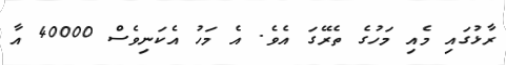
ރާޅުގައި މެއި މަހުގެ ތެރޭގަ އެވެ. އެ މަހު އެކަނިވެސް 40000 އާ